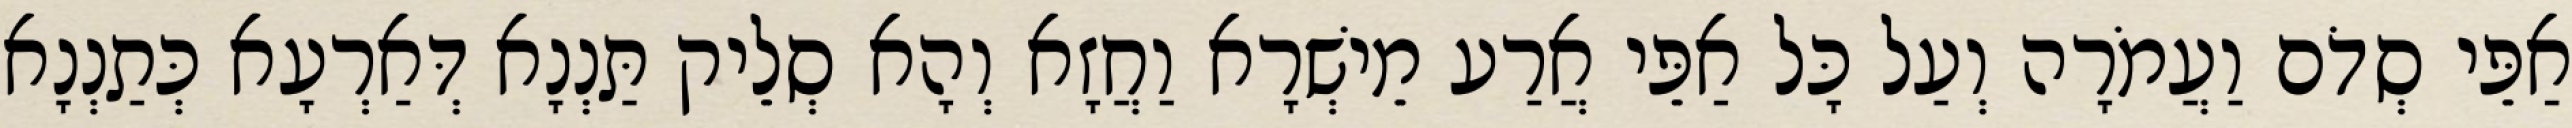
אַפֵּי סְדֹם וַעֲמֹרָה וְעַל כָּל אַפֵּי אֲרַע מֵישְׁרָא וַחֲזָא וְהָא סְלֵיק תַּנְנָא דְּאַרְעָא כְּתַנְנָא